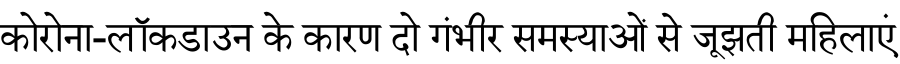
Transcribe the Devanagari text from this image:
कोरोना-लॉकडाउन के कारण दो गंभीर समस्याओं से जूझती महिलाएं